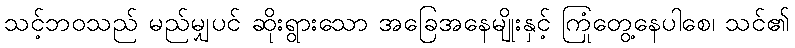
သင့်ဘဝသည် မည်မျှပင် ဆိုးရွားသော အခြေအနေမျိုးနှင့် ကြုံတွေ့နေပါစေ၊ သင်၏